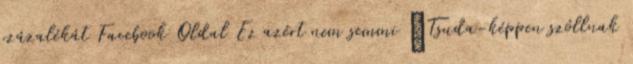
százalékát Facebook Oldal Ez azért nem semmi „Tsuda-képpen szóllnak